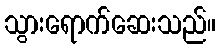
သွားရောက်ဆေးသည်။